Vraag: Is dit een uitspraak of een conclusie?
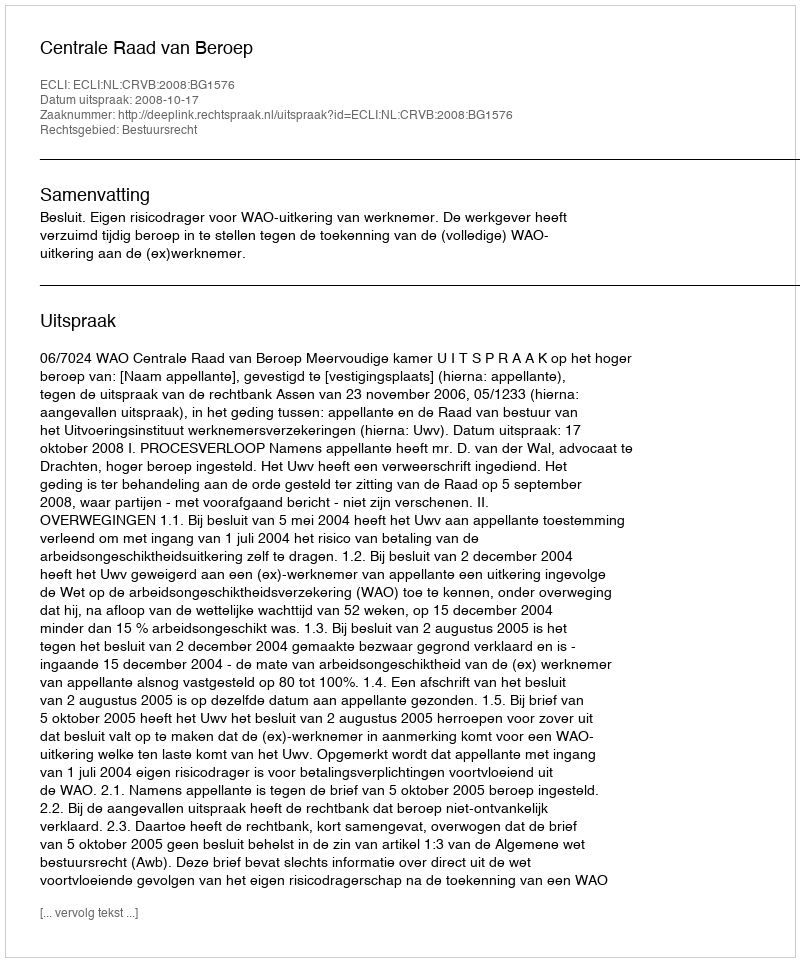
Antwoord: Uitspraak